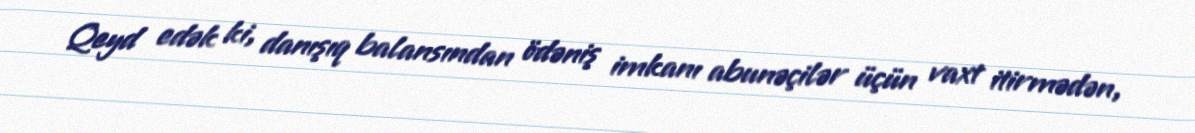
Qeyd edək ki, danışıq balansından ödəniş imkanı abunəçilər üçün vaxt itirmədən,